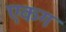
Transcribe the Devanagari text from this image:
एकग